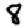
Digit: 8